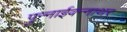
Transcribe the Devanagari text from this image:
पुन्नाईवन्नाथर